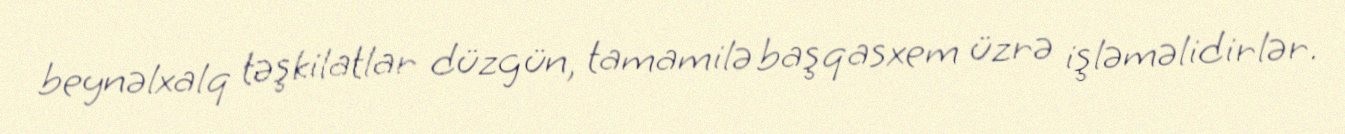
beynəlxalq təşkilatlar düzgün, tamamilə başqasxem üzrə işləməlidirlər.